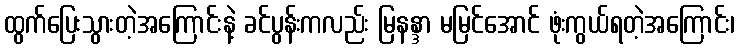
ထွက်ပြေးသွားတဲ့အကြောင်းနဲ့ ခင်ပွန်းကလည်း မြနန္ဒာ မမြင်အောင် ဖုံးကွယ်ရတဲ့အကြောင်း၊